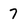
Character: 7